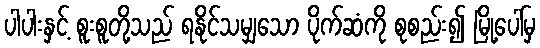
ပါပါးနှင့် စူးစူတို့သည် ရနိုင်သမျှသော ပိုက်ဆံကို စုစည်း၍ မြို့ပေါ်မှ